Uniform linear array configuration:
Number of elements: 48
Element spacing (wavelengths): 1
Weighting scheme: hamming
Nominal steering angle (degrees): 60
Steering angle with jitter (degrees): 60.733
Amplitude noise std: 0.05
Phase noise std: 0.05

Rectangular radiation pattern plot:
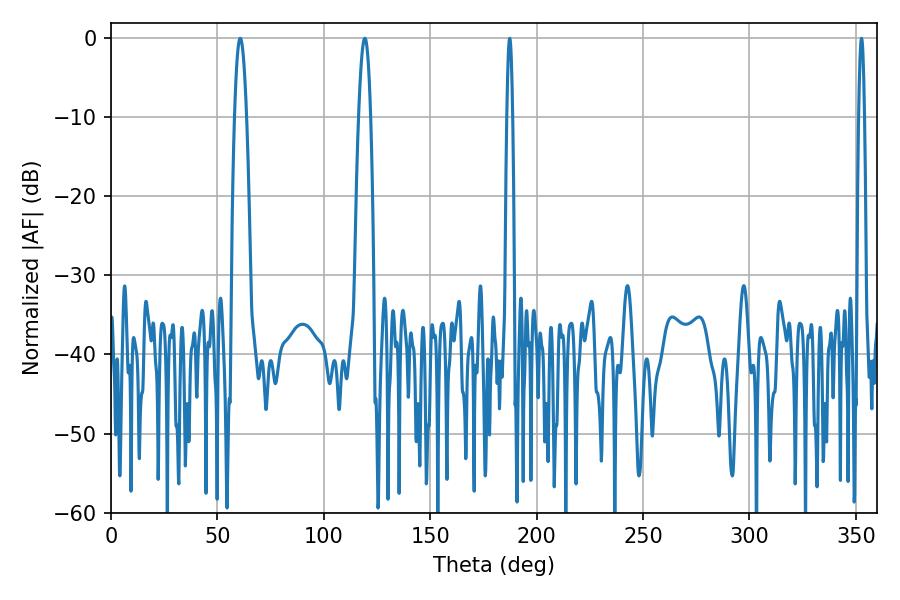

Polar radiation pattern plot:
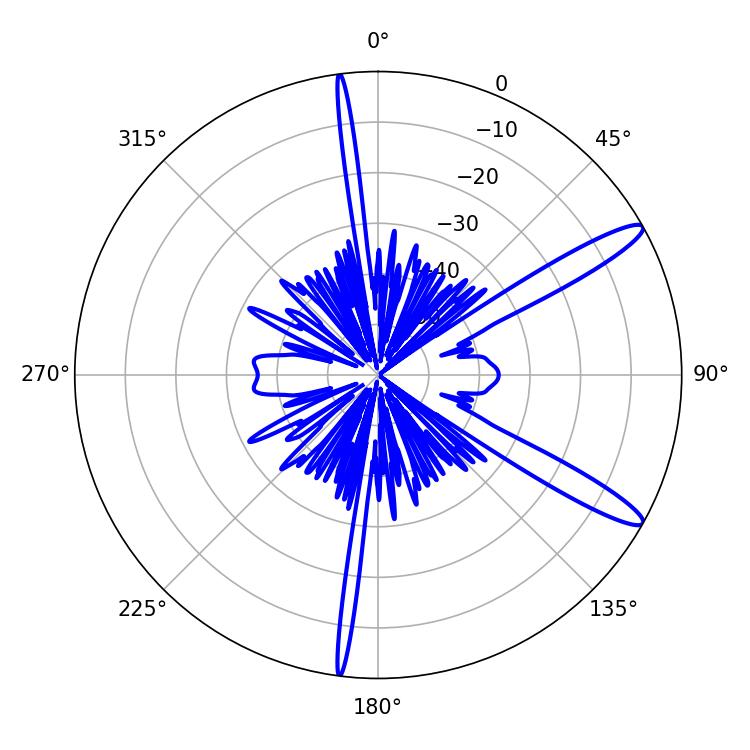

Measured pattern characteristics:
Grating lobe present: TRUE
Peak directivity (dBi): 13.198
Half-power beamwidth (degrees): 3.06
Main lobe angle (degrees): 60.66